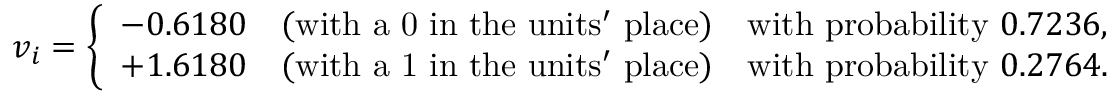
v _ { i } = { \left\{ \begin{array} { l l } { - 0 . 6 1 8 0 \quad { \mathrm { ( w i t h ~ a ~ 0 ~ i n ~ t h e ~ u n i t s ' ~ p l a c e ) } } } & { { \mathrm { w i t h ~ p r o b a b i l i t y ~ } } 0 . 7 2 3 6 , } \\ { + 1 . 6 1 8 0 \quad { \mathrm { ( w i t h ~ a ~ 1 ~ i n ~ t h e ~ u n i t s ' ~ p l a c e ) } } } & { { \mathrm { w i t h ~ p r o b a b i l i t y ~ } } 0 . 2 7 6 4 . } \end{array} \right. }